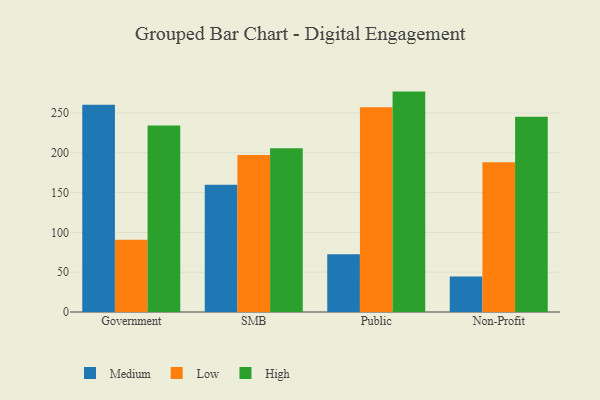
{"axis": {"x": "Segment", "y": "Page Views"}, "legend": ["High", "Low", "Medium"], "data": [{"x": "Government", "y": 260.4, "type": "Medium"}, {"x": "Government", "y": 90.8, "type": "Low"}, {"x": "Government", "y": 234.4, "type": "High"}, {"x": "SMB", "y": 159.8, "type": "Medium"}, {"x": "SMB", "y": 197.1, "type": "Low"}, {"x": "SMB", "y": 205.6, "type": "High"}, {"x": "Public", "y": 72.4, "type": "Medium"}, {"x": "Public", "y": 257.1, "type": "Low"}, {"x": "Public", "y": 276.9, "type": "High"}, {"x": "Non-Profit", "y": 44.5, "type": "Medium"}, {"x": "Non-Profit", "y": 188.0, "type": "Low"}, {"x": "Non-Profit", "y": 245.3, "type": "High"}]}